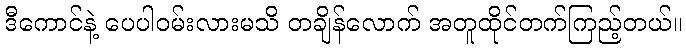
ဒီကောင်နဲ့ ပေပါဝမ်းလားမသိ တချိန်လောက် အတူထိုင်တက်ကြည့်တယ်။